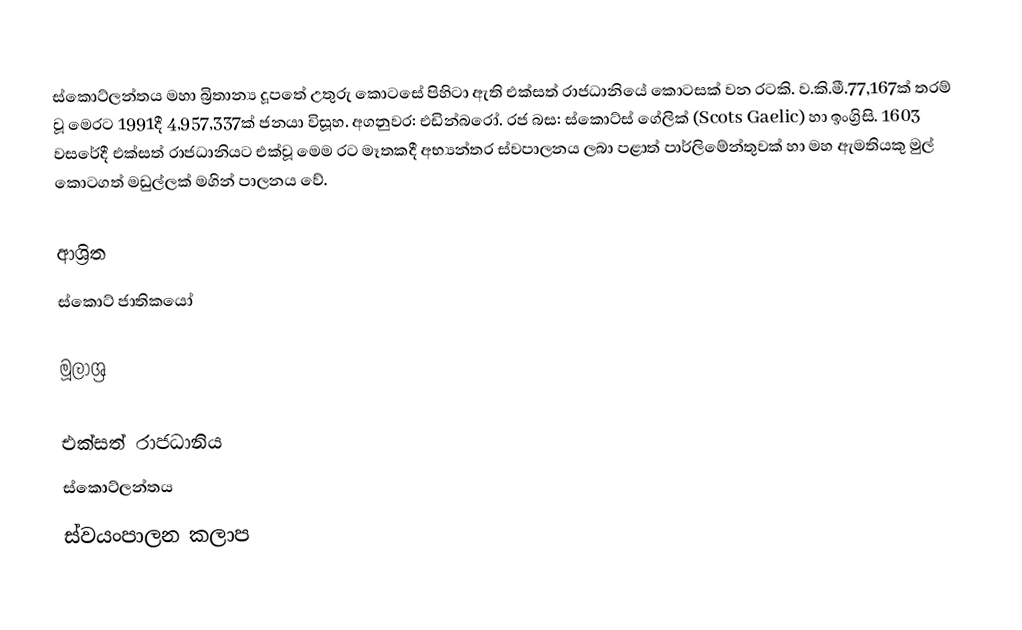
ස්කොට්ලන්තය මහා බ්‍රිතාන්‍ය දූපතේ උතුරු කොටසේ පිහිටා ඇති එක්සත් රාජධානියේ කොටසක් වන රටකි. ව.කි.මී.77,167ක් තරම් වූ මෙරට 1991දී 4,957,337ක් ජනයා විසූහ. අගනුවර: එඩින්බරෝ. රජ බස: ස්කොට්ස් ගේලික් (Scots Gaelic) හා ඉංග්‍රිසි. 1603 වසරේදී එක්සත් රාජධානියට එක්වූ මෙම රට මෑතකදී අභ්‍යන්තර ස්වපාලනය ලබා පළාත් පාර්ලිමේන්තුවක් හා මහ ඇමතියකු මුල් කොටගත් මඩුල්ලක් මගින් පාලනය වේ.

ආශ්‍රිත
 ස්කොට් ජාතිකයෝ

මූලාශ්‍ර

එක්සත් රාජධානිය
ස්කොට්ලන්තය
ස්වයංපාලන කලාප